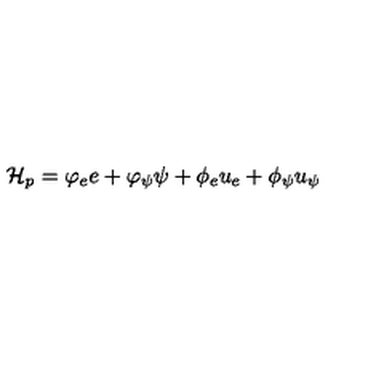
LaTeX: \mathcal { H } _ { p } = \varphi _ { e } e + \varphi _ { \psi } \psi + \phi _ { e } u _ { e } + \phi _ { \psi } u _ { \psi }